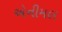
એનીમલ